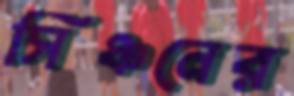
সিঞ্চনের